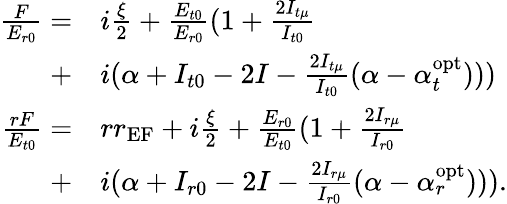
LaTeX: \begin{array}{rl}{\frac{F}{E_{r0}}=}&{{}i\frac{\xi}{2}+\frac{E_{t0}}{E_{r0}}(1+\frac{2I_{t\mu}}{I_{t0}}}\\ {+}&{{}i(\alpha+I_{t0}-2I-\frac{2I_{t\mu}}{I_{t0}}(\alpha-\alpha_{t}^{\textrm{opt}})))}\\ {\frac{rF}{E_{t0}}=}&{{}rr_{\textrm{EF}}+i\frac{\xi}{2}+\frac{E_{r0}}{E_{t0}}(1+\frac{2I_{r\mu}}{I_{r0}}}\\ {+}&{{}i(\alpha+I_{r0}-2I-\frac{2I_{r\mu}}{I_{r0}}(\alpha-\alpha_{r}^{\textrm{opt}}))).}\end{array}